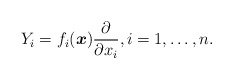
\begin{gather*} Y_i =f_i(\boldsymbol{x}) \frac{\partial}{\partial x_i} ,i=1,\ldots , n .\end{gather*}